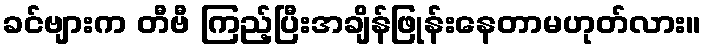
ခင်ဗျားက တီဗီ ကြည့်ပြီးအချိန်ဖြုန်းနေတာမဟုတ်လား။